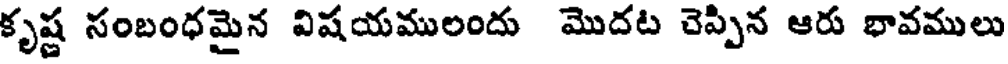
కృష్ణ సంబంధమైన విషయములందు మొదట చెప్పిన ఆరు భావములు